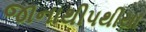
જાનાથીપથીયા